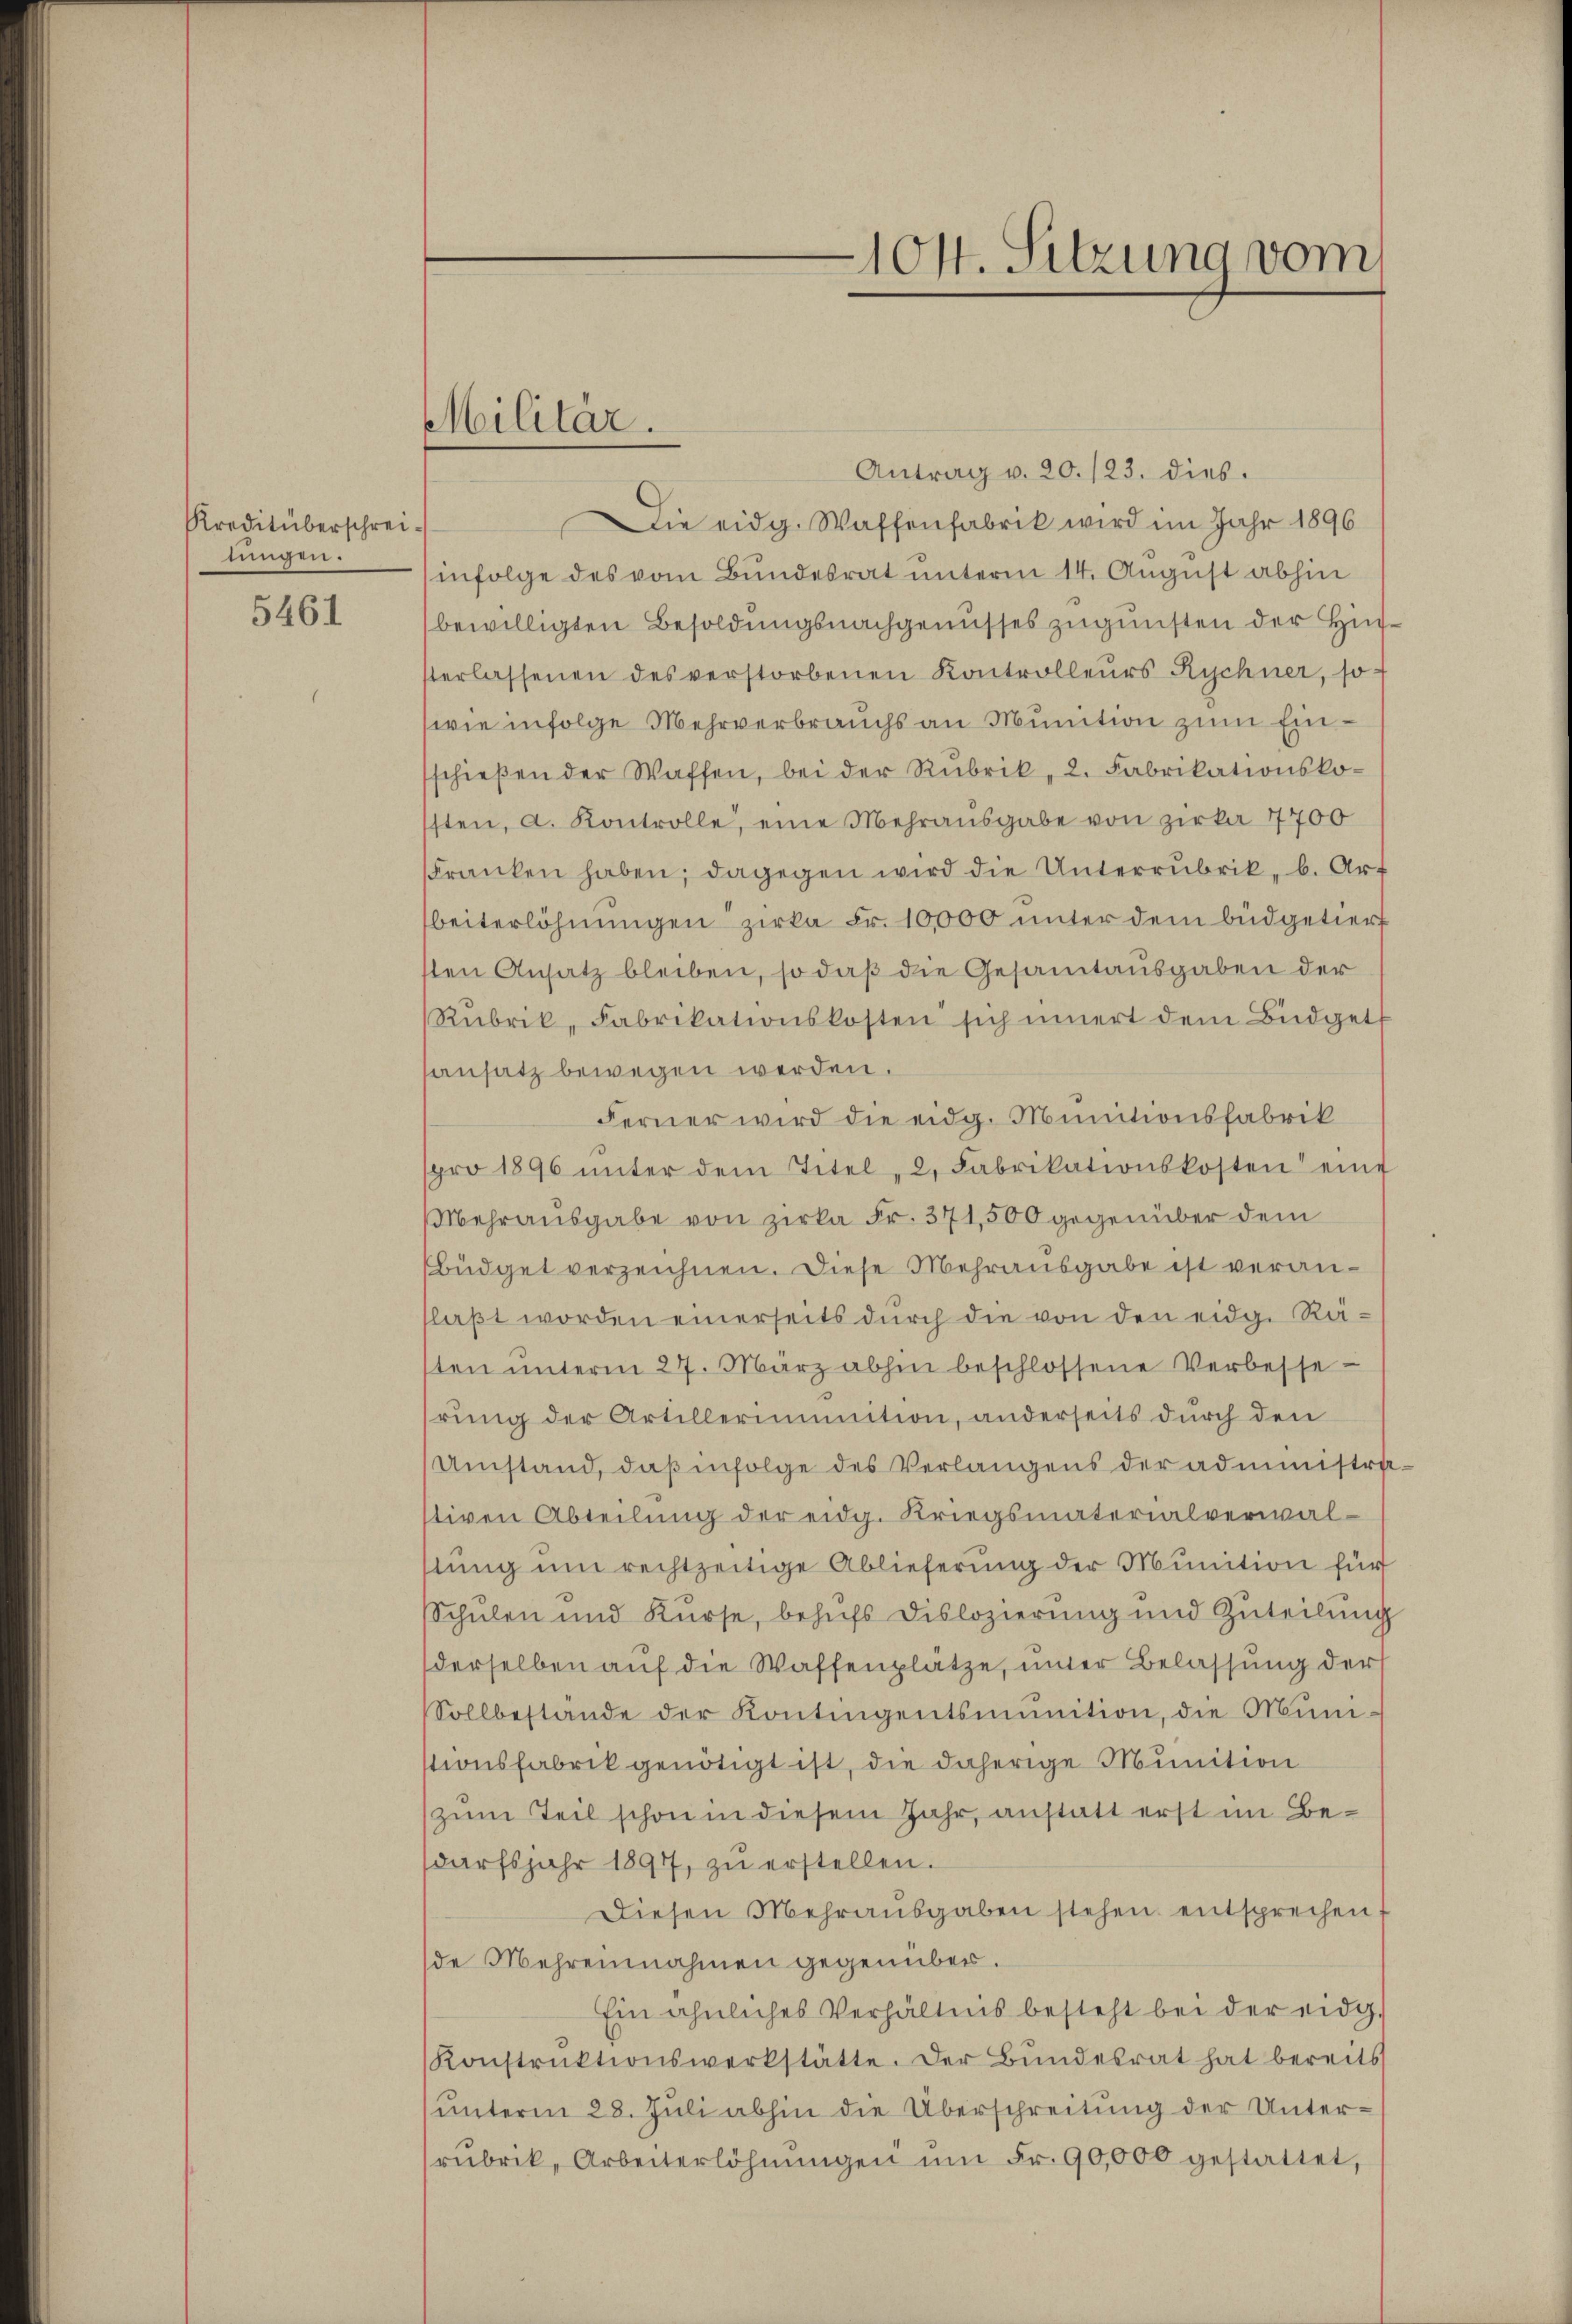
Kreditüberschreinen.

5461

Militär.

Antrag v. 20. 123. dies
Die eidg. Waffenfabrik wird im Jahr 1896
infolge des vom Bundesrat unterm 14. August abhin
bewilligten Besoldungsnachgenusses zugunsten der Hinerlassenen des verstorbenen Kontrolleurs Rychner, so
wie infolge Mehrverbrauchs an Munition zum Einschieβen der Waffen, bei der Rubrik, 2. Fabrikationskosten, a. Kontrolle, eine Mehrausgabe von Zirka 7700
kranken haben; dagegen wird die Unterrubrik, b. Art
beiterlöhnungen zirka Fr. 10000 unter dem Büdgetiert
ten Ansatz bleiben, so daß die Gesamtausgaben der
Rubrik, Fabrikationskosten sich innert dem Büdget
ansatz bewegen werden.
Ferner wird die eidg. Munitionsfabrik
pro 1896 ŭnter dem Titel, 2. Fabrikationskosten eine
Mehrausgabe von zirka Fr. 371,500 gegenüber dem
büdget verzeichnen. Diese Mehrausgabe ist veranlaßt worden einerseits durch die von den eidg. Räten ŭnterm 27. März abhin beschlossene Verbesse-
rung der Artillerinition, anderseits durch den
Umstand, daß infolge des Verlangens der administritiven Abteilung der eidg. Kriegsmaterialverwalstung um rechtzeitige Ablieferung der Munition für
Schŭlen und Kŭrse, behŭfs Dislozierung und Zuteilŭng
derselben auf die Waffenplatze, unter Belassung der
Sollbestande der Kontingentsminition, die Munitionsfabrik genötigt ist, die daherige Munition
zum Teil schon in diesem Jahr, anstatt erst im Bedarfsjahr 1897, zŭ erstellen.
Diesen Mehraŭsgaben stehen entsprechen,
de Mehreinnahmen gegenüber.
Ein ähnliches Verhältnis besteht bei der eidg.
Konstruktionswerkstätte. Der Bundesrat hat bereits
unterm 28. Juli abhin die Überschreitung der Unterrubrik, Arbeiterlöhnŭngen ŭm Fr. 90,000 gestattet,

104. Sitzung vom